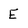
Character: E